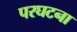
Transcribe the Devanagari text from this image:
परघटना